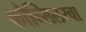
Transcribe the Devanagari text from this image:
कौन्सिलरचा